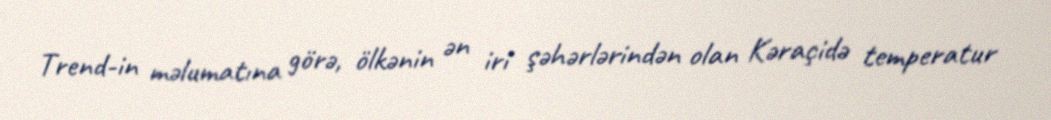
Trend-in məlumatına görə, ölkənin ən iri şəhərlərindən olan Kəraçidə temperatur